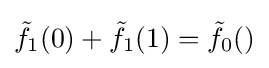
{\tilde {f}}_{1}(0)+{\tilde {f}}_{1}(1)={\tilde {f}}_{0}()